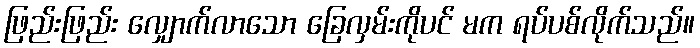
ဖြည်းဖြည်း လျှောက်လာသော ခြေလှမ်းကိုပင် မက ရပ်ပစ်လိုက်သည်။